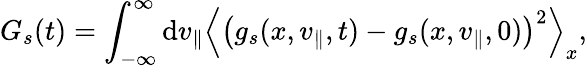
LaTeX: G_{s}(t)=\int_{-\infty}^{\infty}\mathrm{d}v_{\parallel}\left\langle\left(g_{s}(x,v_{\parallel},t)-g_{s}(x,v_{\parallel},0)\right)^{2}\right\rangle_{x},